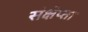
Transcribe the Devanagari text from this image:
संक्षेप्ता